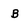
Character: B